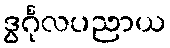
ဒွင်္ဂုလပညာယ